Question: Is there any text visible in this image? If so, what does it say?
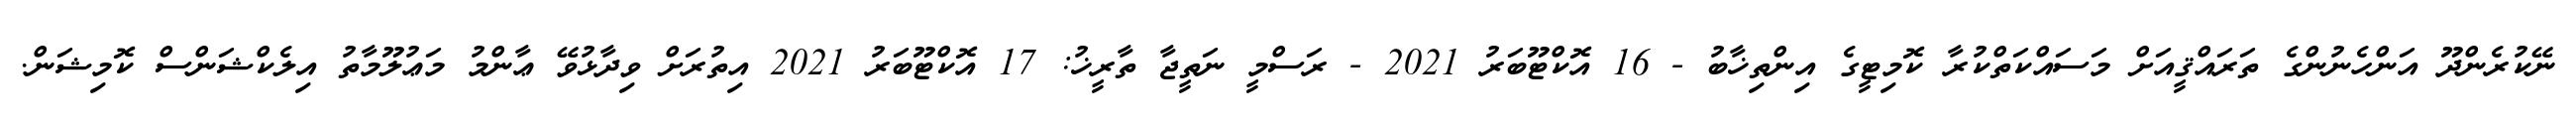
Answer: ނޭކުރެންދޫ އަންހެނުންގެ ތަރައްޤީއަށް މަސައްކަތްކުރާ ކޮމިޓީގެ އިންތިޚާބު - 16 އޮކްޓޫބަރު 2021 - ރަސްމީ ނަތީޖާ ތާރީޚު: 17 އޮކްޓޫބަރު 2021 އިތުރަށް ވިދާޅުވޭ ޢާންމު މަޢުލޫމާތު އިލެކްޝަންސް ކޮމިޝަން.